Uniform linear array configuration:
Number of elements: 8
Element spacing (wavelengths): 1
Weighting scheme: binomial
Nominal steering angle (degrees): -60
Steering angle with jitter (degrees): -61.085
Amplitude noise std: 0.05
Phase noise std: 0.05

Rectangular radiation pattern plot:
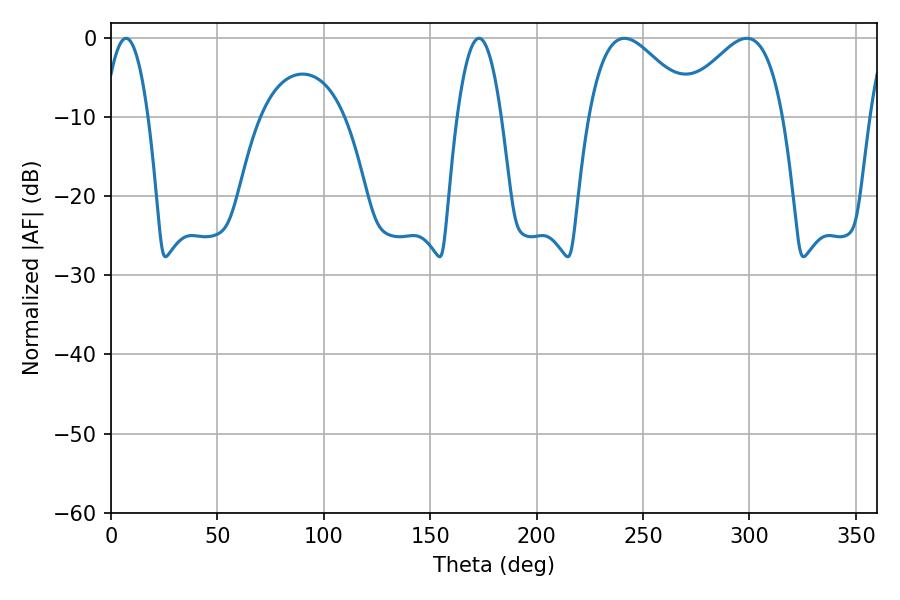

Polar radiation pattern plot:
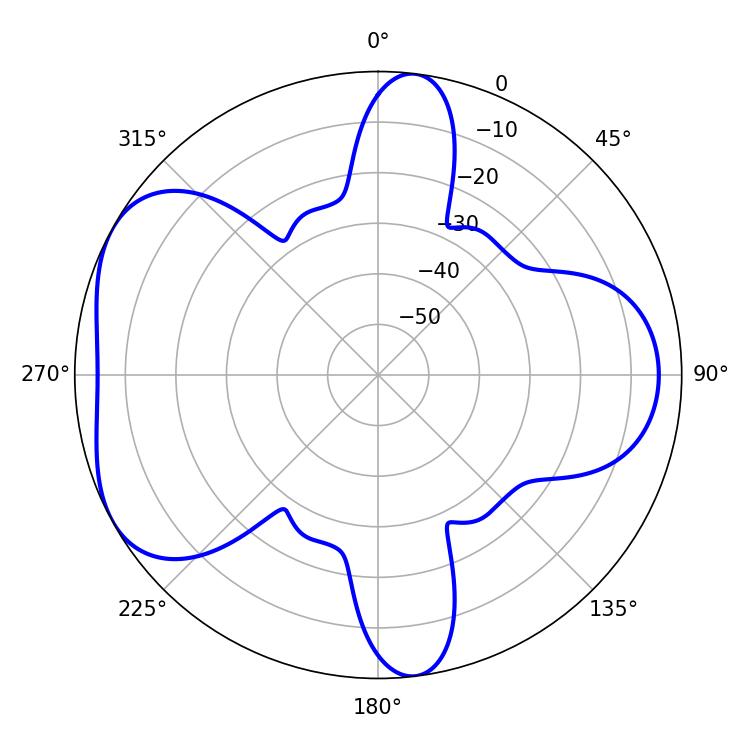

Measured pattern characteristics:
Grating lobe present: TRUE
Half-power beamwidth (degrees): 26.64
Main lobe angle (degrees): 241.2